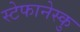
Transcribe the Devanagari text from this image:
स्टेफानेस्कु